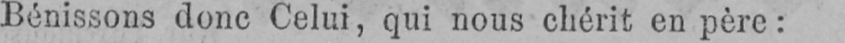
Bénissons donc Celui, qui nous chérit en père: